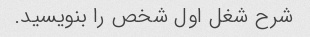
شرح شغل اول شخص را بنویسید.